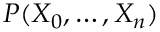
P ( X _ { 0 } , \ldots , X _ { n } )